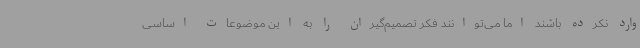
وارد نکرده باشند اما می‌توانند فکر تصمیم‌گیران را به این موضوعات اساسی